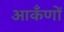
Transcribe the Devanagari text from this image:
आकँणों